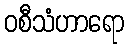
ဝစီသံဟာရော